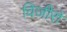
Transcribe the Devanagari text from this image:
विजीरों